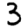
Digit: 3